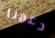
دعمنا